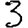
Digit: 3